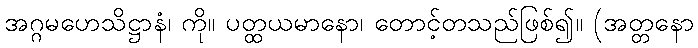
အဂ္ဂမဟေသိဋ္ဌာနံ၊ ကို။ ပတ္ထယမာနော၊ တောင့်တသည်ဖြစ်၍။ (အတ္တနော